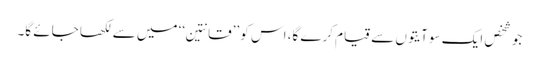
جو شخص ایک سو آیتوں سے قیام کرے گا، اس کو ’’قانتین‘‘ میں سے لکھا جائے گا۔